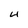
Character: 4